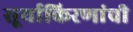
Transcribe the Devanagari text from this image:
सूर्याकिरणांची